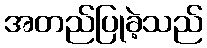
အတည်ပြုခဲ့သည်